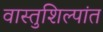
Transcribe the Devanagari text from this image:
वास्तुशिल्पांत